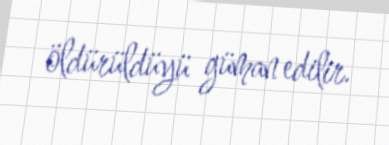
öldürüldüyü güman edilir.